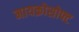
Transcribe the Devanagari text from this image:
मायक्रोसोफ्ट